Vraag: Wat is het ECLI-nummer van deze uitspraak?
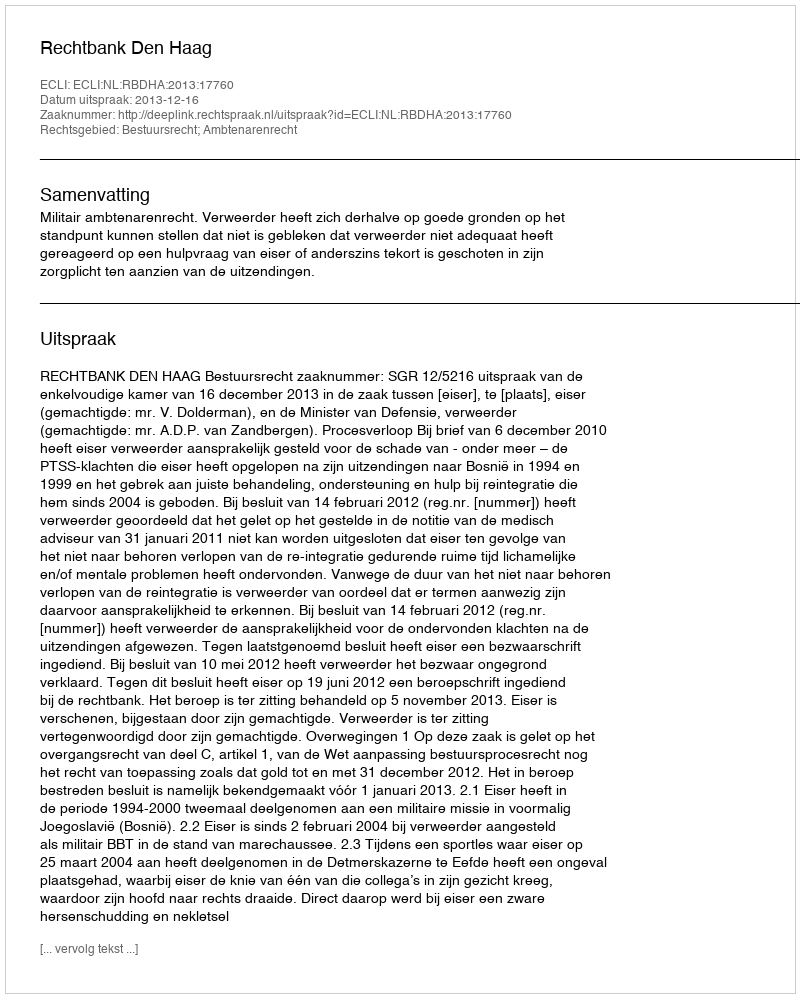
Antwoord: ECLI:NL:RBDHA:2013:17760